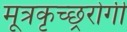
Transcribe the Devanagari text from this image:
मूत्रकृच्छ्ररोगी